Vaccination in Bombay 1869-1873 - 1869-1873
Year: 1869
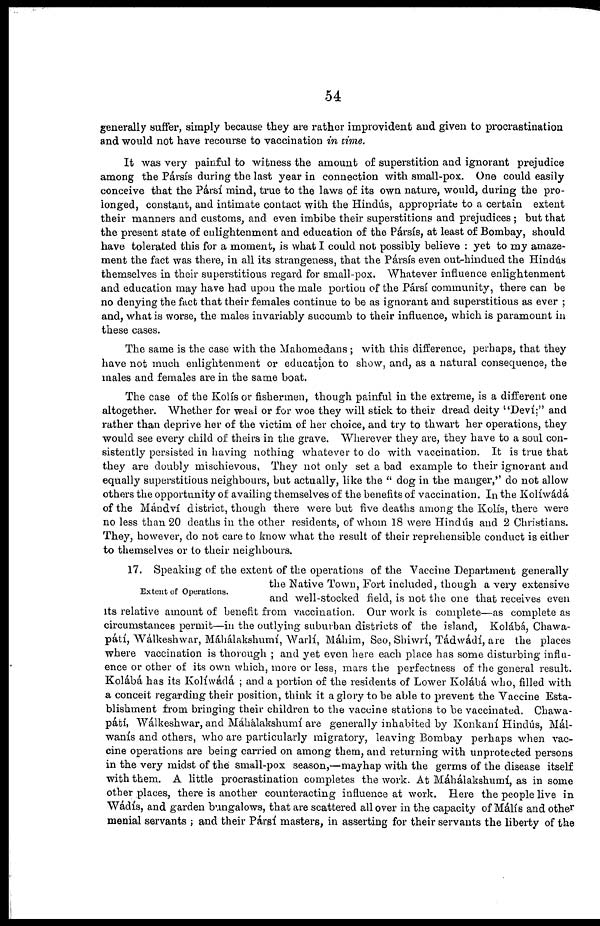
54
generally suffer, simply because they are rather improvident and given to procrastination
and would not have recourse to vaccination in time.
It was very painful to witness the amount of superstition and ignorant prejudice
among the Pársís during the last year in connection with small-pox. One could easily
conceive that the Pársís mind, true to the laws of its own nature, would, during the pro-
longed, constant, and intimate contact with the Hindús, appropriate to a certain extent
their manners and customs, and even imbibe their superstitions and prejudices; but that
the present state of enlightenment and education of the Pársís, at least of Bombay, should
have tolerated this for a moment, is what I could not possibly believe : yet to my amaze-
ment the fact was there, in all its strangeness, that the Pársís even out-hindued the Hindús
themselves in their superstitious regard for small-pox. Whatever influence enlightenment
and education may have had upon the male portion of the Pársís community, there can be
no denying the fact that their females continue to be as ignorant and superstitious as ever ;
and, what is worse, the males invariably succumb to their influence, which is paramount in
these cases.
The same is the case with the Mahomedans ; with this difference, perhaps, that they
have not much enlightenment or education to show, and, as a natural consequence, the
males and females are in the same boat.
The case of the Kolis or fishermen, though painful in the extreme, is a different one
altogether. Whether for weal or for woe they will stick to their dread deity "Deví:" and
rather than deprive her of the victim of her choice, and try to thwart her operations, they
would see every child of theirs in the grave. Wherever they are, they have to a soul con-
sistently persisted in having nothing whatever to do with vaccination. It is true that
they are doubly mischievous, They not only set a bad example to their ignorant and
equally superstitious neighbours, but actually, like the " dog in the manger," do not allow
others the opportunity of availing themselves of the benefits of vaccination. In the Kolíwádá
of the Mándví district, though there were but five deaths among the Kolís, there were
no less than 20 deaths in the other residents, of whom 18 were Hindús and 2 Christians.
They, however, do not care to know what the result of their reprehensible conduct is either
to themselves or to their neighbours.
Extent of Operations.
17. Speaking of the extent of the operations of the Vaccine Department generally
the Native Town, Fort included, though a very extensive
and well-stocked field, is not the one that receives even
its relative amount of benefit from vaccination. Our work is complete—as complete as
circumstances permit—in the outlying suburban districts of the island, Kolábá, Chawa¬
pátí, Wálkeshwar, Máhálakshumí, Warlí, Máhim, Seo, Shiwrí, Tádwádí, are the places
where vaccination is thorough ; and yet even here each place has some disturbing influ-
ence or other of its own which, more or less, mars the perfectness of the general result.
Kolábá has its Kolíwádá ; and a portion of the residents of Lower Kolábá who, filled with
a conceit regarding their position, think it a glory to be able to prevent the Vaccine Esta-
blishment from bringing their children to the vaccine stations to be vaccinated. Chawa¬
pátí, Wálkeshwar, and Máhálakshumí are generally inhabited by Konkaní Hindús, Mál¬
wanís and others, who are particularly migratory, leaving Bombay perhaps when vac-
cine operations are being carried on among them, and returning with unprotected persons
in the very midst of the small-pox season,—mayhap with the germs of the disease itself
with them. A little procrastination completes the work. At Máhálakshumí, as in some
other places, there is another counteracting influence at work. Here the people live in
Wádís, and garden bungalows, that are scattered all over in the capacity of Malis and other
menial servants ; and their Pársís masters, in asserting for their servants the liberty of the